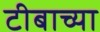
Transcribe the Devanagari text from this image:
टीबाच्या